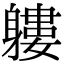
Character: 軁